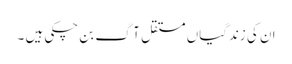
ان کی زندگیاں مستقل آگ بن چکی ہیں ۔